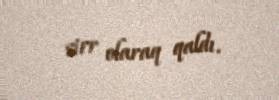
sirr olaraq qaldı.